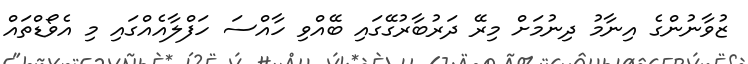
ޒުވާނުންގެ އިނާމު ދިނުމަށް މިރޭ ދަރުބާރުގޭގައި ބޭއްވި ހާއްސަ ހަފްލާއެއްގައި މި އެވޯޑްތައް